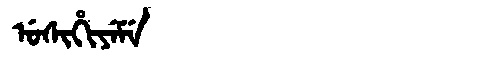
Manchu: ᡠᠰᡳᡥᡳᠶᡝᠮᡝ
Romanization: USIHIYEME